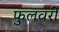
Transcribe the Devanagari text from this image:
फुलवरी